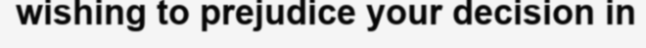
wishing to prejudice your decision in